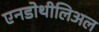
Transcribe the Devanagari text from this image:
एनडोथीलिअल